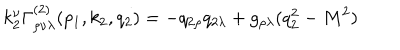
k _ { 2 } ^ { \nu } \Gamma _ { \rho \nu \lambda } ^ { ( 2 ) } ( p _ { 1 } , k _ { 2 } , q _ { 2 } ) = - q _ { 2 \rho } q _ { 2 \lambda } + g _ { \rho \lambda } ( q _ { 2 } ^ { 2 } - M ^ { 2 } )